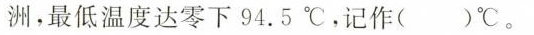
洲，最低温度达零下94.5℃，记作( )℃。